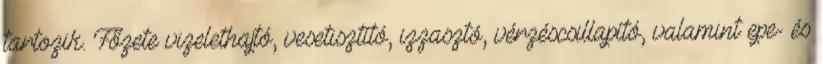
tartozik. Főzete vizelethajtó, vesetisztító, izzasztó, vérzéscsillapító, valamint epe- és